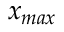
x _ { m a x }